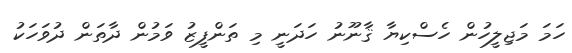
ހަމަ މަޖިލީހުން ހެސްކިޔާ ޤާނޫނު ހަދަނީ މި ތަންފީޒު ވަމުން ދާތަން ދުވަހަކު